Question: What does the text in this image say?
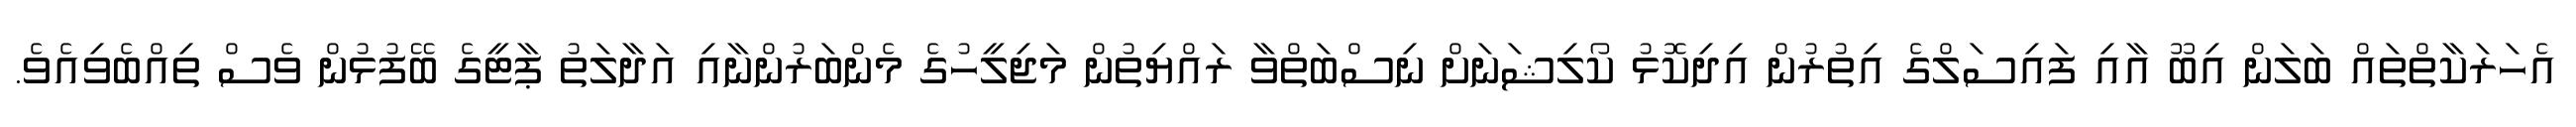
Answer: އެހަރަކާތްތައް ބަލަން އިބޫ އާއި ފައިސަލްގެ އިތުރުން އިދިކޮޅު ކޯލިޝަނަށް ނިސްބަތްވާ ރައްޔިތުން މަޖިލީހުގެ މެންބަރުންނާއި އަދާލަތު ޕާޓީގެ ބޭފުޅުން ވެސް ތިއްބެވިއެވެ.